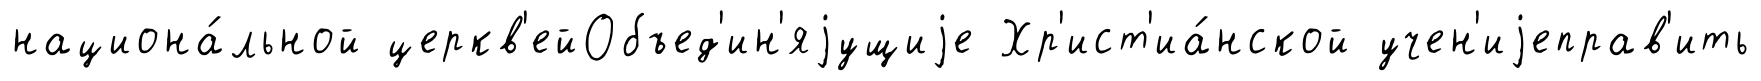
национа́льной церкв'ейОбъед'ин'яjущиjе Хр'ист'иа́нской учен'иjеправ'ить